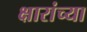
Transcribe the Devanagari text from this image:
क्षारांच्या